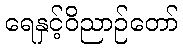
ရေနှင့်ဝိညာဉ်တော်